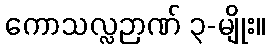
ကောသလ္လဉာဏ် ၃-မျိုး။